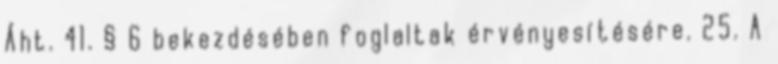
Áht. 41. § 6 bekezdésében foglaltak érvényesítésére. 25. A